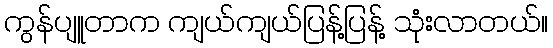
ကွန်ပျူတာက ကျယ်ကျယ်ပြန့်ပြန့် သုံးလာတယ်။